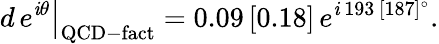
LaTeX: \left.d\, e^{\mathit{i}\theta}\right|_{\mathrm{{QCD-fact}}}=0.09\, [0.18]\, e^{\mathit{i}\, 193\, [187]^{\circ}}.